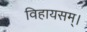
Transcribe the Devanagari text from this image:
विहायसम्।